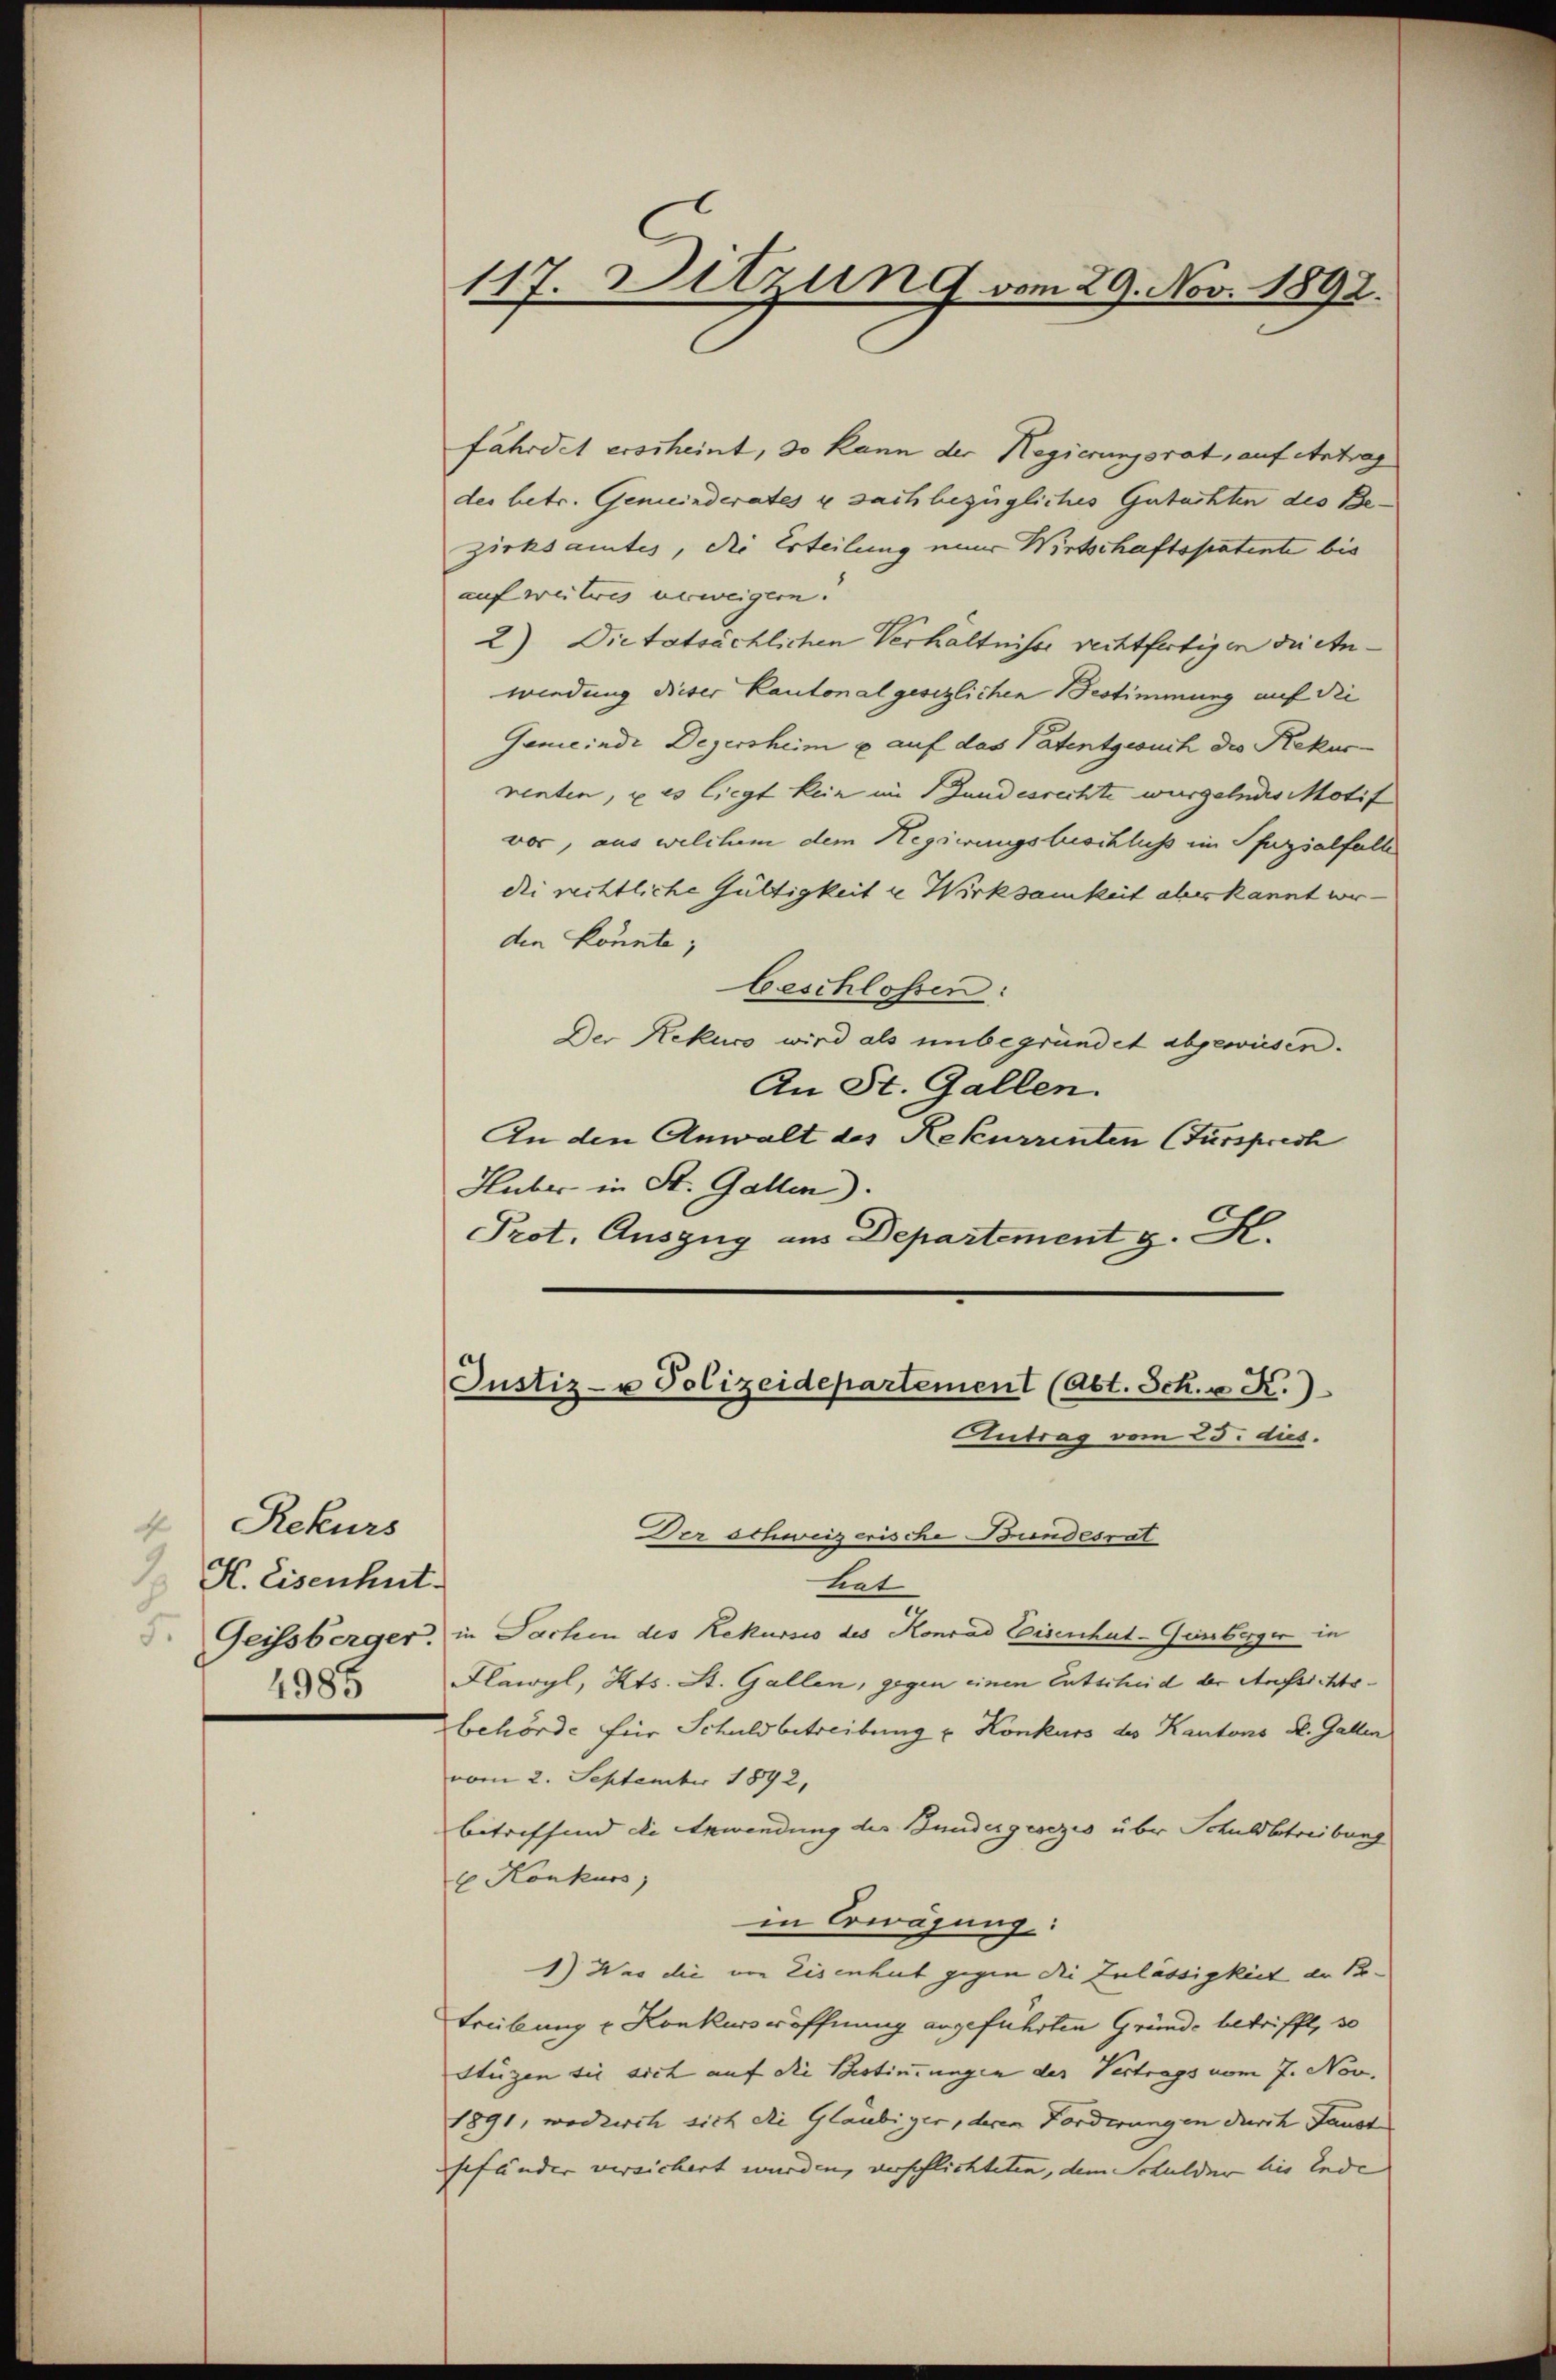
4 Rekurs
 H. Eisenhut.
4985

fährdet erscheint, so kann der Regierungsrat, auf Antrag
des betr. Gemeinderates u sachbezügliches Gutachten des Bezirksamtes, die Erteilung einer Wirtschaftspatente bis
auf weiteres verweigern.
2) Dietatsächlichen Verhältnisse rechtfertigen die Anwendung dieser Kantonalgesetzlichen Bestimmung auf die
Gemeinde Degersheim u. auf das Patentgesuch die Rekurrenten, u es liegt kein im andesrechte wurgelndes Motif
vor, aus welchem dem Hegsierungsbeschlichs im Pfazialfalle
die rittliche Gültigkeit u Wirksamkeit aber kannt werden könnte;
beschlossen:
Der Rekuco wird als unbegründet abgewiesen.
An St. Gallen.
An den Anwalt des Rekurrenten (Fürsprech
Huber in St. Gallen).
Prot. Auszug aus Departement z. B.

117. Ditzung vom 29. Nov. 1892.

Justiz- u Polizeidepartement (Abt. Sch. v K.)
Antrag vom 23. dus.

Der Schweizerische Bundesrat
Let
Geissberger, in Sachen des Rekurses des Konrad Eisenhut-Gensberger in
Flawyl, Kts. St. Gallen, gegen einen Entscheid der Aufsichtsbehörde für Schuldbetreibung u. Konkurs des Kantons R. Gallen
vom 2. September 1892,
betreffend die Erwendung der Bundesgesezes über Schuldbetreibung
E Konkurs
in Erwägung:
1) Was die von Eisenheit gegen die Zulässigkeit de Po-
treibung u Konkursröffnung angeführten Gründe betrifft, so
Stüzen sie sich auf die Bestimmungen der Vertrags vom 7. Nov.
1891, wodurch sich die Gläubiger, deren Forderungen durch Faust
sefänder versichert wurden, verschlichteten, dem Schulder bis Ende